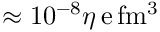
\approx 1 0 ^ { - 8 } \eta \ensuremath { \, \mathrm { e \, f m ^ { 3 } } }